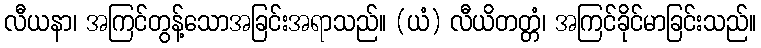
လီယနာ၊ အကြင်တွန့်သောအခြင်းအရာသည်။ (ယံ) လီယိတတ္တံ၊ အကြင်ခိုင်မာခြင်းသည်။